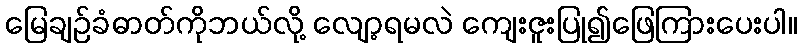
မြေချဉ်ခံဓာတ်ကိုဘယ်လို့ လျော့ရမလဲ ကျေးဇူးပြု၍ဖြေကြားပေးပါ။